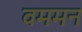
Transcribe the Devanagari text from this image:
वममन